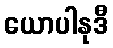
ယောပါနုဒီ